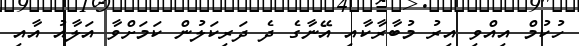
ހުކުމް އިއްވި އިރު މުބާރާކާއި އޭނާގެ ދެ ދަރިކަލުން ކަމަށްވާ އަލާއު އާއި